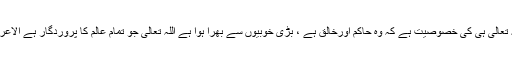
یاد رکھو اللہ تعالی ہی کی خصوصیت ہے کہ وہ حاکم اورخالق ہے ، بڑی خوبیوں سے بھرا ہوا ہے اللہ تعالی جو تمام عالم کا پروردگار ہے الاعراف ( 54 ) ۔